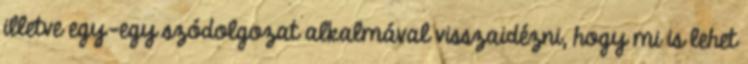
illetve egy-egy szódolgozat alkalmával visszaidézni, hogy mi is lehet